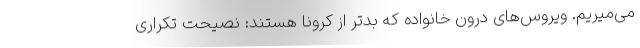
می‌میریم. ویروس‌های درون خانواده که بدتر از کرونا هستند: نصیحت تکراری